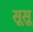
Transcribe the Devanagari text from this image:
सूसू